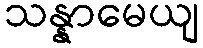
သန္နာမေယျ